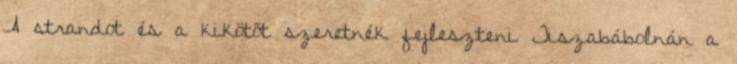
A strandot és a kikötőt szeretnék fejleszteni Tiszabábolnán a